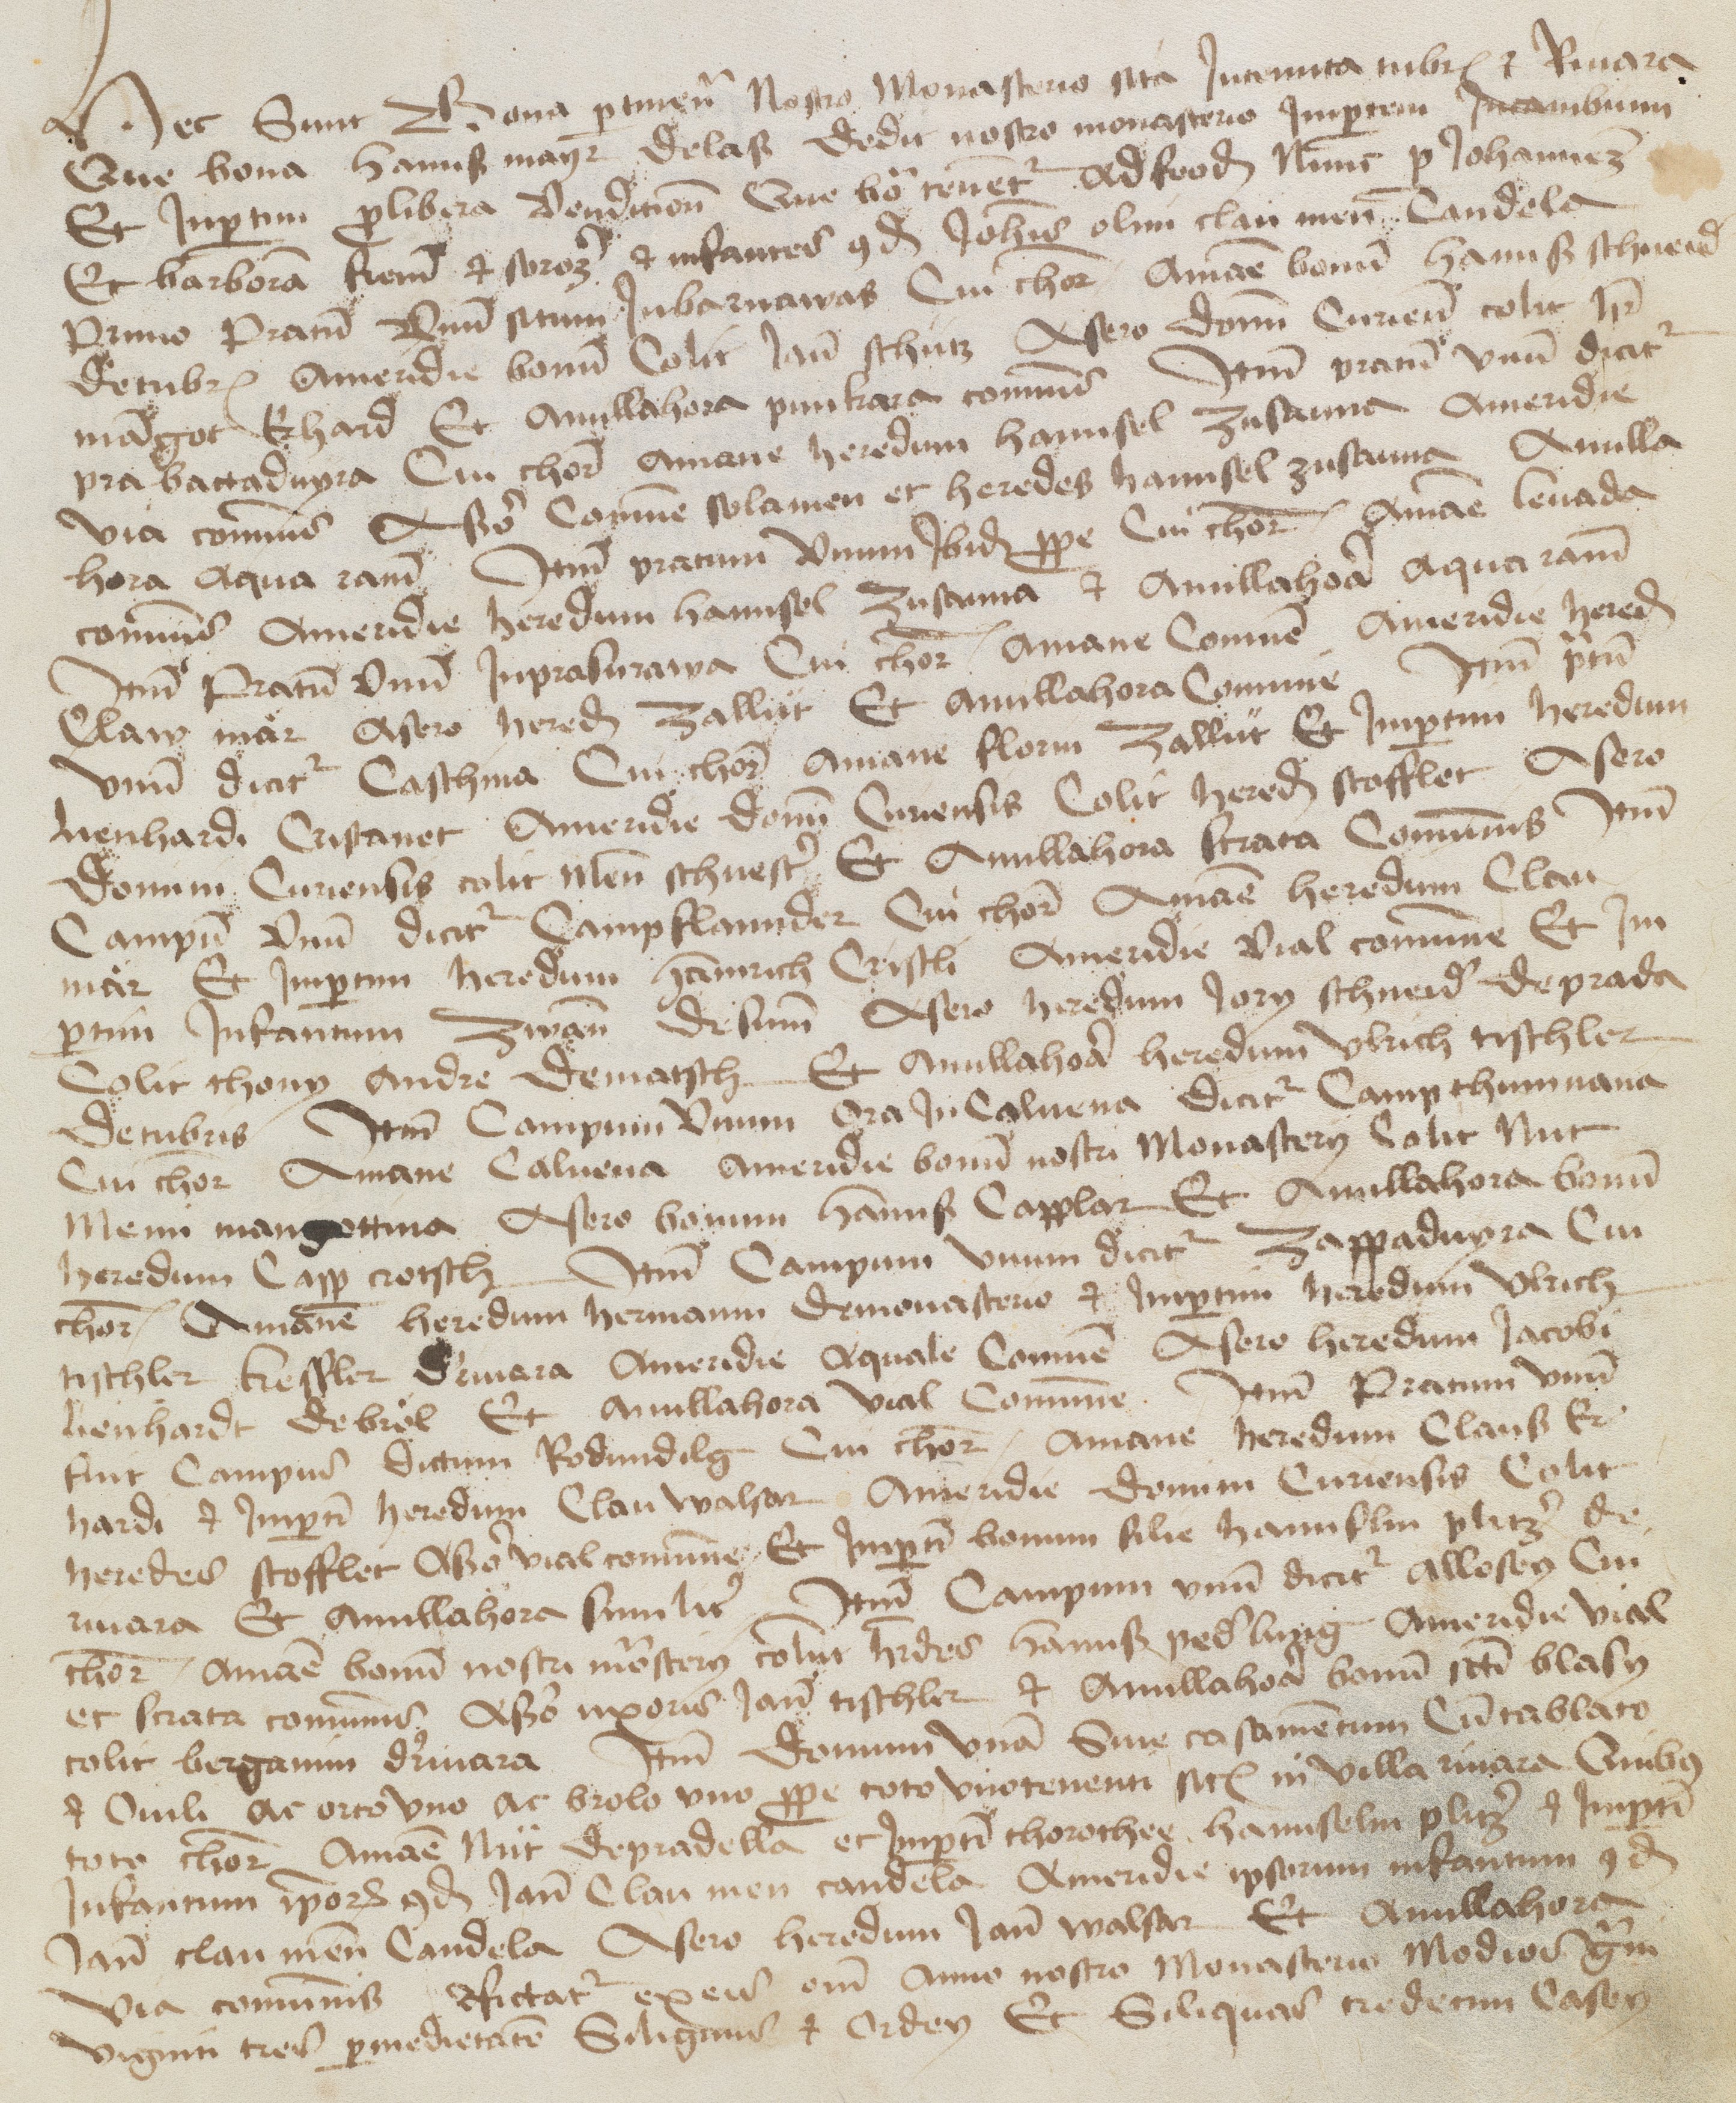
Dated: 1394–1394